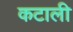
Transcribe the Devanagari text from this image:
कटाली